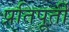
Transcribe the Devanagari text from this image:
प्रतिपूर्ती